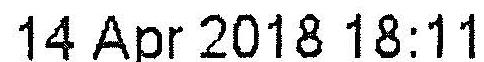
14 APR 2018 18:11